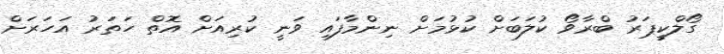
ގޯލްކީޕަރު ބްރާވޯ ކުލަބަށް ކުޅުމަށް ނިންމާފައި ވަނީ ކުރިއަށް އޮތް ހަތަރު އަހަރަށް